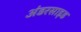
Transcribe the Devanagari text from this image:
अंडरसाइड